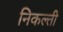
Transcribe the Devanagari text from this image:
निकल्ती